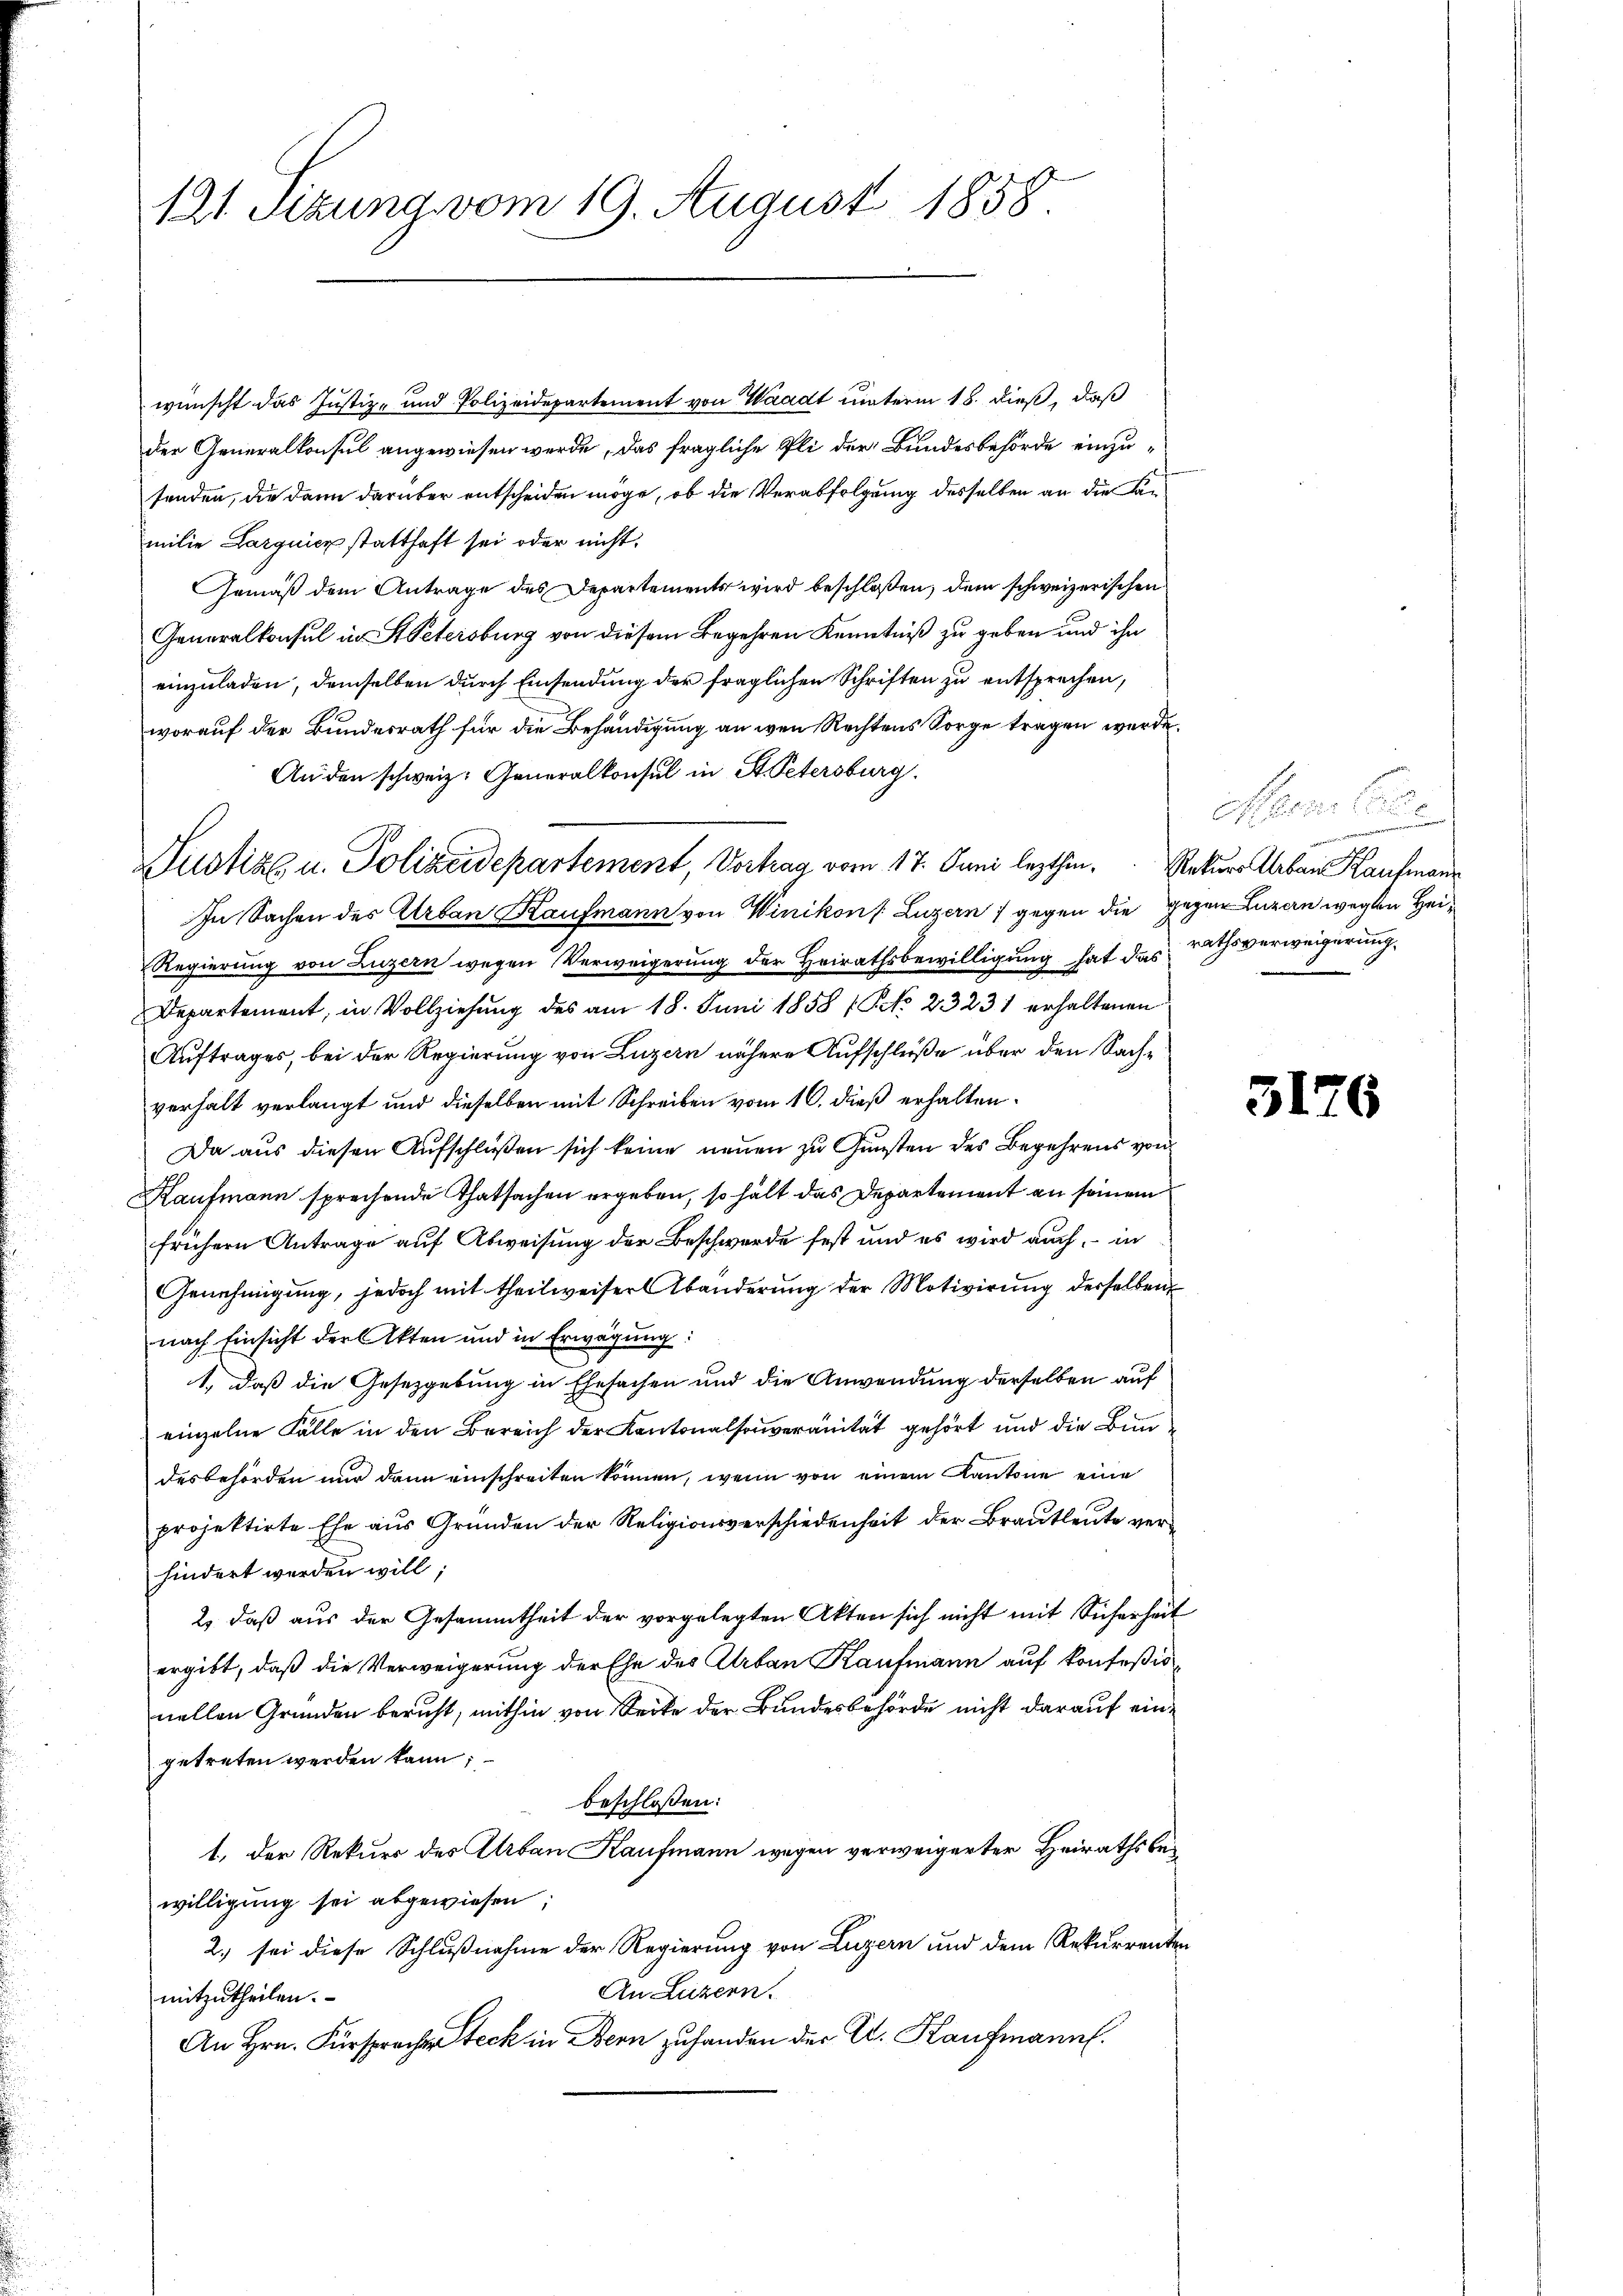
121. Sitzung vom 19. August 1858.

wünscht das Justiz- und Polizeidepartement von Waadt unterm 18. dieß, daß
der Generalkonsul angewiesen werde, das fragliche Pli der Bundesbehörde einzu-
senden, die dann darüber entscheiden möge, ob die Verabfolgung desselben an die Familie Largnicz statthaft sei oder nicht,
Gemäß dem Antrage des Departements wird beschloßen, dem schweizerischen
Generalkonsul in St. Petersburg von diesem Begehren Kenntniß zu geben und ihn
einzuladen, demselben durch Einsendung der fraglichen Schriften zu entsprechen,
worauf der Bundesrath für die Behändigung an wen Rechtens Sorge tragen werde.
An den schweiz. Generalkonsul in St. Petersburg.
Justiz u. Polizeidepartement, Vortrag vom 17. Juni lezthin, Rekurs Aban Kaufmann
In Sachen des Urban Kaufmann von Winikon /: Luzern / gegen die gegen Luzern wegen Hei¬
Regierung von Luzern wegen Verweigerung der Heirathsbewilligung hat das rathsverweigerung
Departement, in Vollziehung des am 18. Juni 1858 (Po 23231 erhaltenen
Auftrages, bei der Regierung von Luzern nähere Aufschleiße über den Sachverhalt verlangt und dieselben mit Schreiben vom 10. dieß erhalten.
Da aus diesen Aufschlüßen sich keine neuen zu Gunsten des Begehrens von
Kaufmann sprechende Thatsachen ergeben, so hält das Departement an seinem
frühern Antrage auf Abweisung der Beschwerde fest und es wird auch, – in
Genehmigung, jedoch mit theilweiser Abänderung der Motivirung derselben
nach Einsicht der Akten und in Erwägung:
1., daß die Gesetzgebung in Ehesachen und die Anwendung derselben auf
einzelne Fälle in den Bereich der Kantonalsouveranität gehört und die Bundesbehörden nur dann einschreiten können, wenn von einem Kantone eine
projektirte Ehe aus Gründen der Religionsverschiedenheit der Brautleute verhindert werden will;
2., daß aus der Gesammtheit der vorgelegten Akten sich nicht mit Sicherheit
ergibt, daß die Verweigerung der Ehe des Arban Kaufmann auf konfeßionellen Gründen beruht, mithin von Secke der Bundesbehörde nicht darauf eingetreten werden kann;
beschlossen:
1. Der Rekurs des Urban Kaufmann wegen verweigerter Heirathsbewilligung sei abgewiesen;
2.) sei diese Schlußnahme der Regierung von Luzern und dem Rekurrenten
An Luzern.
mitzutheilen.
An Hrn. Fürsprache Steck in Bern zufanden der A. Kaufmann.

offen. Ges
en eingerein einer

3176